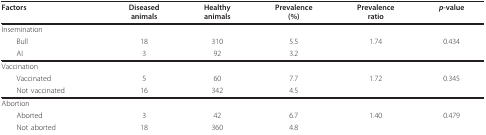
<table><thead><tr><td><b>Factors</b></td><td><b>Diseasedanimals</b></td><td><b>Healthyanimals</b></td><td><b>Prevalence(%)</b></td><td><b>Prevalenceratio</b></td><td><b><i>p</i>-value</b></td></tr></thead><tbody><tr><td>Insemination</td><td></td><td></td><td></td><td></td><td></td></tr><tr><td> Bull</td><td>18</td><td>310</td><td>5.5</td><td>1.74</td><td>0.434</td></tr><tr><td> AI</td><td>3</td><td>92</td><td>3.2</td><td></td><td></td></tr><tr><td>Vaccination</td><td></td><td></td><td></td><td></td><td></td></tr><tr><td> Vaccinated</td><td>5</td><td>60</td><td>7.7</td><td>1.72</td><td>0.345</td></tr><tr><td> Not vaccinated</td><td>16</td><td>342</td><td>4.5</td><td></td><td></td></tr><tr><td>Abortion</td><td></td><td></td><td></td><td></td><td></td></tr><tr><td> Aborted</td><td>3</td><td>42</td><td>6.7</td><td>1.40</td><td>0.479</td></tr><tr><td> Not aborted</td><td>18</td><td>360</td><td>4.8</td><td></td><td></td></tr></tbody></table>